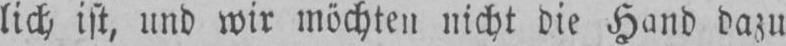
lich, ist, und wir möchten nicht die Hand dazu